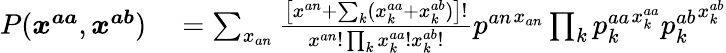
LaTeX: \begin{array}{rl}{P(\boldsymbol{x^{aa}},\boldsymbol{x^{ab}})}&{{}=\sum_{x_{an}}\frac{\left[x^{an}+\sum_{k}(x_{k}^{aa}+x_{k}^{ab})\right]!}{x^{an}!\prod_{k}x_{k}^{aa}!x_{k}^{ab}!}{p^{an}}^{x_{an}}\prod_{k}{p_{k}^{aa}}^{x_{k}^{aa}}{p_{k}^{ab}}^{x_{k}^{ab}}}\end{array}